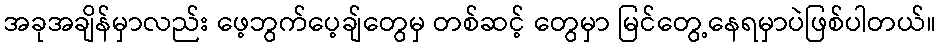
အခုအချိန်မှာလည်း ဖေ့ဘွက်ပေ့ချ်တွေမှ တစ်ဆင့် တွေမှာ မြင်တွေ့နေရမှာပဲဖြစ်ပါတယ်။